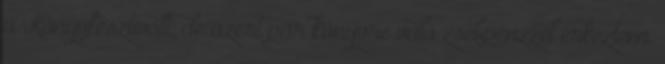
a Könyvfesztivált, de azért pár könyvre való zsebpénzzel érkeztem.